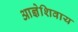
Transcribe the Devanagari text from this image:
आज्ञेशिवाय